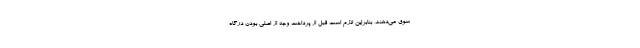
سوق می‌دهند، بنابراین لازم است قبل از پرداخت وجه از اصلی بودن درگاه